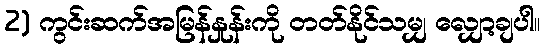
2) ကွင်းဆက်အမြန်နှုန်းကို တတ်နိုင်သမျှ လျှော့ချပါ။